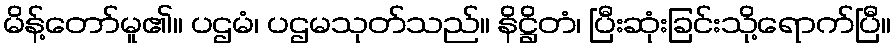
မိန့်တော်မူ၏။ ပဌမံ၊ ပဌမသုတ်သည်။ နိဋ္ဌိတံ၊ ပြီးဆုံးခြင်းသို့ရောက်ပြီ။